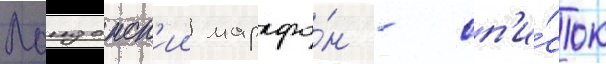
Лондонск'ии марафо́н - сп'и́сок